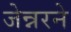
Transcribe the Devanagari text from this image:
जेन्नरने